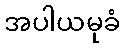
အပါယမုခံ